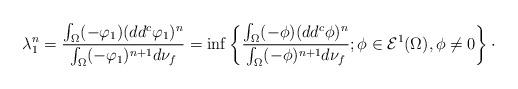
LaTeX: \begin{align*} \lambda_1^n = \frac{\int_\Omega (-\varphi_1) (dd^c \varphi_1)^n}{\int_\Omega (-\varphi_1)^{n +1} d \nu_{f}} = \inf \left\{\frac{\int_\Omega (-\phi) (dd^c \phi)^n}{\int_\Omega (-\phi)^{n +1} d \nu_{f}} ; \phi \in \mathcal E^1(\Omega), \phi \neq 0 \right\}\cdot \end{align*}